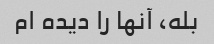
بله، آنها را دیده ام